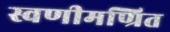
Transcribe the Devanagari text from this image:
स्वणीमण्रित